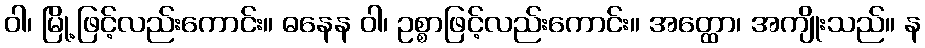
ဝါ၊ မြို့ဖြင့်လည်းကောင်း။ ဓနေန ဝါ၊ ဥစ္စာဖြင့်လည်းကောင်း။ အတ္ထော၊ အကျိုးသည်။ န